Calcutta medical institutions reports 1879-81 [i.e.91]
Year: 1879
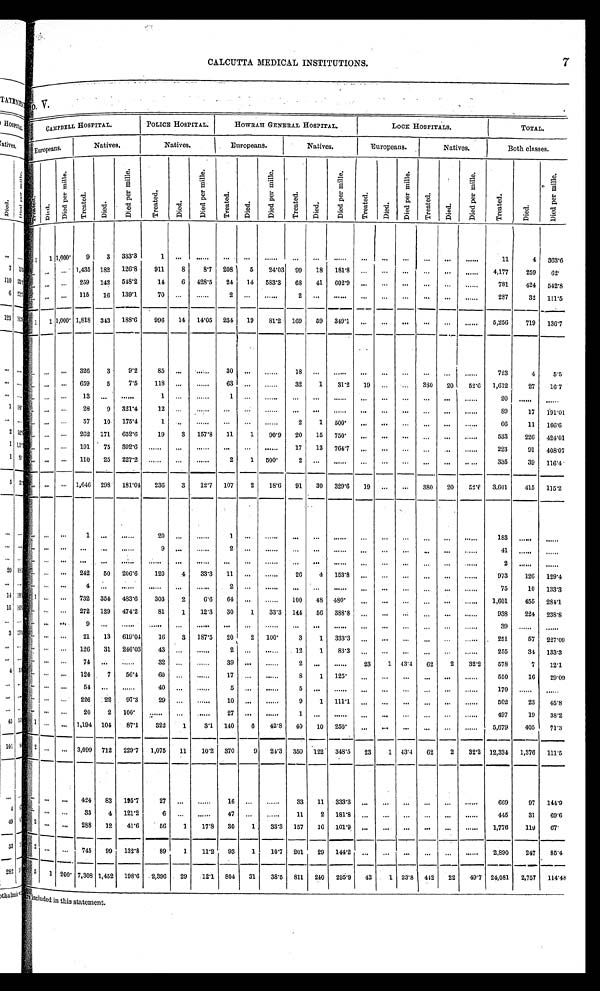
CALCUTTA MEDICAL INSTITUTIONS. 7
No. V.
CAMPBELL HOSPITAL. POLICE HOSPITAL.
HOWRAH GENERAL HOSPITAL.
LOCK HOSPITALS.
T O T A L .
Eur opeans.
N a t i v e s .
N a t i v e s .
Eur opeans.
N a t i v e s .
Europeans. Natives.
B o t h c l a s s e s .
T r e a t e d .
Di ed.
D i e d p e r m i l l e .
T r e a t e d .
Di ed.
D i e d p e r m i l l e .
T r e a t e d .
Di e d .
D i e d p e r m i l l e .
T r e a t e d .
D i e d .
D i e d p e r m i l l e .
T r e a t e d .
Di e d.
D i e d p e r m i l l e .
T r e a t e d .
D i e d .
D i e d p e r m i l l e .
T r e a t e d .
Died.
D i e d p e r m i l l e .
T r e a t e d .
D i e d .
D i e d p e r m i l l e .
1 1
1 , 0 0 0
9
3
3 3 3 . 3
1 . . .
. . .
. . .
. . .
. . .
. . .
. . .
. . .
. . .
. . . . . .
. . .
. . .
. . .
1 1
4
3 6 3 . 6
. . . . . .
. . .
1 , 4 3 5
1 8 2
1 2 6 . 8
9 1 1
8
8 . 7
2 0 8
5
2 4 . 0 3
9 9
1 8
1 8 1 . 8
. . .
. . . . . .
. . .
. . .
. . .
4 , 1 7 7
2 5 9
6 2
. . .
. . . . . .
2 5 9
1 4 2
5 4 8 . 2
1 4
6
4 2 8 . 5
2 4
1 4
5 8 3 . 3
6 8
4 1
6 0 2 . 9
. . .
. . . . . .
. . .
. . .
. . .
7 8 1
4 2 4
5 4 2 . 8
. . .
. . .
. . .
1 1 5
1 6
1 3 9 . 1
7 0 . . .
. . .
2
. . .
. . .
2 . . .
. . .
. . .
. . . . . .
. . .
. . .
. . .
2 8 7
3 2
1 1 1 . 5
1
1
1 , 0 0 0
1 , 8 1 8
3 4 3
1 8 8 . 6
9 9 6
1 4
1 4 . 0 5
2 3 4
1 9
8 1 . 2
1 6 9
5 9
3 4 9 . 1
. . .
. . . . . .
. . .
. . .
. . .
5 , 2 5 6
7 1 9
1 3 6 . 7
. . .
. . .
. . .
3 2 6
3
9 . 2
8 5 . . .
. . .
3 0
. . .
. . .
1 8 . . .
. . .
. . .
. . . . . .
. . .
. . .
. . .
7 2 3
4
5 . 5
. . . . . .
. . .
6 5 9
5
7 . 5
1 1 8
. . .
. . .
6 3
. . .
. . .
3 2
1
3 1 . 2
1 9
. . .
. . .
3 8 0
2 0
5 2 . 6
1 , 6 1 2
2 7
1 6 . 7
. . .
. . .
. . .
1 3 . . .
. . .
1 . . .
. . .
1
. . .
. . .
. . .
. . .
. . .
. . .
. . .
. . .
. . .
. . .
. . .
2 0
. . .
. . .
. . .
. . . . . .
2 8
9
3 2 1 . 4
1 2 . . .
. . .
. . .
. . .
. . .
. . .
. . .
. . .
. . .
. . . . . .
. . .
. . .
. . .
8 9
1 7
1 9 1 . 0 1
. . . . . .
. . .
5 7
1 0
1 7 5 . 4
1
. . .
. . .
. . .
. . .
. . .
2
1
5 0 0
. . .
. . . . . .
. . .
. . .
. . .
6 6
1 1
1 6 6 . 6
. . . . . .
. . .
2 6 2
1 7 1
6 5 2 . 6
1 9
3
1 5 7 . 8
1 1
1
9 0 . 9
2 0
1 5
7 5 0
. . .
. . . . . .
. . .
. . .
. . .
5 3 3
2 2 6
4 2 4 . 0 1
. . . . . .
. . .
1 9 1
7 5
3 9 2 . 6
. . .
. . .
. . . . . .
. . .
. . .
1 7
1 3
7 6 4 . 7
. . .
. . . . . .
. . .
. . .
. . .
2 2 3
9 1
4 0 8 . 0 7
. . . . . .
. . .
1 1 0
2 5
2 2 7 . 2
. . .
. . .
. . .
2
1
5 0 0
2 . . .
. . .
. . .
. . . . . .
. . .
. . .
. . .
3 3 5
3 9
1 1 6 . 4
. . . . . .
. . .
1 , 6 4 6
2 9 8
1 8 1 . 0 4
2 3 6
3
1 2 . 7
1 0 7
2
1 8 . 6
9 1
3 0
3 2 9 . 6
1 9 . . . . . .
3 8 0
2 0
5 2 . 6
3 , 6 0 1
4 1 5
1 1 5 . 2
. . .
. . .
. . .
1 . . .
. . .
2 0 . . .
. . .
1
. . .
. . .
. . .
. . .
. . .
. . .
. . . . . .
. . .
. . .
. . .
1 8 3
. . .
. . .
. . .
. . .
. . .
. . .
. . .
. . .
9 . . .
. . .
2
. . .
. . .
. . .
. . .
. . .
. . .
. . . . . .
. . .
. . .
. . .
4 1
. . .
. . .
. . . . . .
. . . . . .
. . .
. . .
. . . . . .
. . .
. . .
. . .
. . .
. . . . . .
. . .
. . .
. . .
. . .
. . .
. . .
. . .
2
. . .
. . .
. . .
. . . . . .
2 4 2
5 0
2 0 6 . 6
1 2 0
4
3 3 . 3
1 1
. . .
. . .
2 6
4
1 5 3 . 8
. . .
. . . . . .
. . .
. . .
. . .
9 7 3
1 2 6
1 2 9 . 4
. . . . . .
. . .
4
. . .
. . .
. . .
. . .
. . .
2
. . .
. . .
. . .
. . .
. . .
. . .
. . . . . .
. . .
. . .
. . .
7 5
1 0
1 3 3 . 3
1 . . .
. . .
7 3 2
3 5 4
4 8 3 . 6
3 0 3
2
6 . 6
6 4
. . .
. . .
1 0 0
4 8
4 8 0
. . .
. . .
. . .
. . .
. . .
. . .
1 , 6 0 1
4 5 5
2 8 4 . 1
. . . . . .
. . .
2 7 2
1 2 9
4 7 4 . 2
8 1
1
1 2 . 3
3 0
1
3 3 . 3
1 4 4
5 6
3 8 8 . 8
. . .
. . .
. . .
. . .
. . .
. . .
9 3 8
2 2 4
2 3 8 . 8
. . .
. . .
. . .
9 . . .
. . .
. . .
. . .
. . .
. . .
. . .
. . .
. . .
. . .
. . .
. . .
. . .
. . .
. . .
. . .
. . .
3 9
. . .
. . .
. . . . . .
. . .
2 1
1 3
6 1 9 . 0 4
1 6
3
1 8 7 . 5
2 0
2
1 0 0
3
1
3 3 3 . 3
. . .
. . . . . .
. . .
. . .
. . .
2 5 1
5 7
2 2 7 . 0 9
. . .
. . .
. . .
1 2 6
3 1
2 4 6 . 0 3
4 3 . . .
. . .
2
. . .
. . .
1 2
1
8 3 . 3
. . .
. . . . . .
. . .
. . .
. . .
2 5 5
3 4
1 3 3 . 3
. . . . . .
. . .
7 4 . . .
. . .
3 2 . . .
. . .
3 9
. . .
. . .
2 . . .
. . .
2 3
1
4 3 . 4
6 2
2
3 2 . 2
5 7 8
7
1 2 . 1
. . . . . .
. . .
1 2 4
7
5 6 . 4
6 0 . . .
. . .
1 7
. . .
. . .
8
1
1 2 5
. . .
. . . . . .
. . .
. . .
. . .
5 5 0
1 6
2 9 . 0 9
. . .
. . . . . .
5 4 . . .
. . .
4 0 . . .
. . .
5
. . .
. . .
5
. . .
. . .
. . .
. . .
. . .
. . .
. . .
. . .
1 7 0
. . .
. . .
. . .
. . .
. . .
2 2 6
2 2
9 7 . 3
2 9 . . .
. . .
1 0
. . .
. . .
9
1
1 1 1 . 1
. . .
. . . . . .
. . .
. . .
. . .
5 0 2
2 3
4 5 . 8
. . . . . .
. . .
2 0
2
1 0 0
. . . . . .
. . .
2 7
. . .
. . .
1
. . .
. . .
. . .
. . .
. . .
. . .
. . .
. . .
4 9 7
1 9
3 8 . 2
1
. . .
. . .
1 , 1 9 4
1 0 4
8 7 . 1
3 2 2
1
3 . 1
1 4 0
6
4 2 . 8
4 0
1 0
2 5 0
. . .
. . . . . .
. . .
. . .
. . .
5 , 6 7 9
4 0 5
7 1 . 3
2
. . .
. . .
3 , 0 9 9
7 1 2
2 2 9 . 7
1 , 0 7 5
1 1
1 0 . 2
3 7 0
9
2 4 . 3
3 5 0
1 2 2
3 4 8 . 5
2 3
1
4 3 . 4
6 2
2
3 2 . 2
1 2 , 3 3 4
1 , 3 7 6
1 1 1 . 5
. . .
. . .
. . .
4 2 4
8 3
1 9 5 . 7
2 7 . . .
. . .
1 6
. . .
. . .
3 3
1 1
3 3 3 . 3
. . .
. . .
. . .
. . .
. . .
. . .
6 6 9
9 7
1 4 4 . 9
. . . . . .
. . .
3 3
4
1 2 1 . 2
6 . . .
. . .
4 7
. . .
. . .
1 1
2
1 8 1 . 8
. . .
. . . . . .
. . .
. . .
. . .
4 4 5
3 1
6 9 . 6
2 . . .
. . .
2 8 8
1 2
4 1 . 6
5 6
1
1 7 . 8
3 0
1
3 3 . 3
1 5 7
1 6
1 0 1 . 9
. . .
. . . . . .
. . .
. . .
. . .
1 , 7 7 6
1 1 9
6 7
2
. . .
. . .
7 4 5
9 9
1 3 2 . 8
8 9
1
1 1 . 2
9 3
1
1 0 . 7
2 0 1
2 9
1 4 4 . 2
. . .
. . . . . .
. . .
. . .
. . .
2 , 8 9 0
2 4 7
8 5 . 4
5 1
2 0 0
7 , 3 0 8
1 , 4 5 2
1 9 8 . 6
2 , 3 9 6
2 9
1 2 . 1
8 0 4
3 1
3 8 . 5
8 1 1
2 4 0
2 9 5 . 9
4 2
1
2 3 . 8
4 4 2
2 2
4 9 . 7
2 4 , 0 8 1
2 , 7 5 7
1 1 4 . 4 8
are included in this statement.